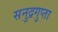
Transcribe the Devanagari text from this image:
सनुद्रगुप्ता